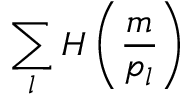
\sum _ { l } H \left( \frac { m } { p _ { l } } \right)